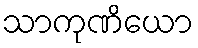
သာကုဏိယော